Note on the mental hospitals in Burma - 1925-1940
Year: 1925
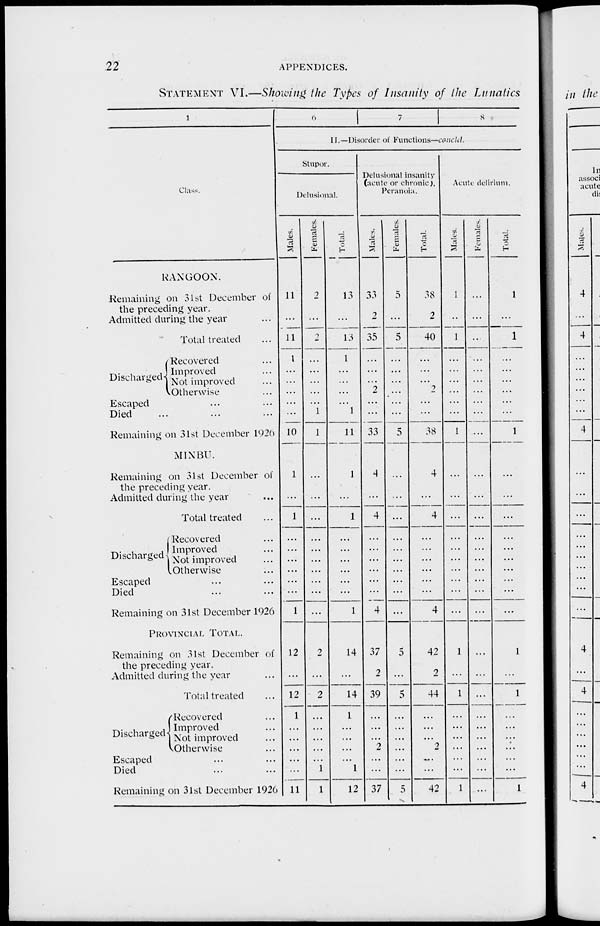
22
APPENDICES.
STATEMENT VI.—Showing the Types of Insanity of the Lunatics
1
Class.
RANGOON.
Remaining on 31st December of
the preceding year.
Admitted during the year ...
Total treated ...
Discharged
Recovered ...
Improved ...
Not improved ...
Otherwise ...
Escaped ... ... ...
Died ... ... ...
Remaining on 31st December 1926
MINBU.
Remaining on 31st December of
the preceding year.
Admitted during the year ...
Total treated ...
Discharged
Recovered ...
Improved ...
Not improved ...
Otherwise ...
Escaped ... ... ...
Died ... ... ...
Remaining on 31st December 1926
PROVINCIAL TOTAL.
Remaining on 31st December of
the preceding year.
Admitted during the year ...
Total treated ...
Discharged
Recovered ...
Improved ...
Not improved ...
Otherwise ...
Escaped ... ... ...
Died ... ... ...
Remaining on 31st December 1926
6
7
8
II.—Disorder of Functions—concld.
Stupor.
Delusional.
Males.
11
...
11
1
...
...
...
...
...
10
1
...
1
...
...
...
...
...
...
1
12
...
12
1
...
...
...
...
...
11
Females.
2
...
2
...
...
...
...
...
1
1
...
...
...
...
...
...
...
...
...
...
2
...
2
...
...
...
...
...
1
1
Total.
13
...
13
1
...
...
...
...
1
11
1
...
1
...
...
...
...
...
...
1
14
...
14
1
...
...
...
...
1
12
Delusional insanity
(acute or chronic),
Peranoia.
Males.
33
2
35
...
...
...
2
...
...
33
4
...
4
...
...
...
...
...
...
4
37
2
39
...
...
2
...
...
37
Females.
5
...
5
...
...
...
...
...
...
5
...
...
...
...
...
...
...
...
...
...
5
...
5
...
...
...
...
...
...
5
Total.
38
2
40
...
...
...
2
...
...
38
4
...
4
...
...
...
...
...
...
4
42
2
44
...
...
...
2
...
...
42
Acute delirium.
Males.
1
...
1
...
...
...
...
...
...
1
...
...
...
...
...
...
...
...
...
...
1
...
1
...
...
...
...
...
...
1
Females.
...
...
...
...
...
...
...
...
...
...
...
...
...
...
...
...
...
...
...
...
...
...
...
...
...
...
...
...
...
...
Total.
1
...
1
...
...
...
...
...
...
1
...
...
...
...
...
...
...
...
...
...
1
...
1
...
...
...
...
...
...
1